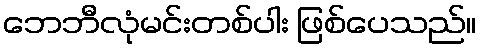
ဘေဘီလုံမင်းတစ်ပါး ဖြစ်ပေသည်။